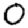
Digit: 0